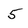
Character: 5